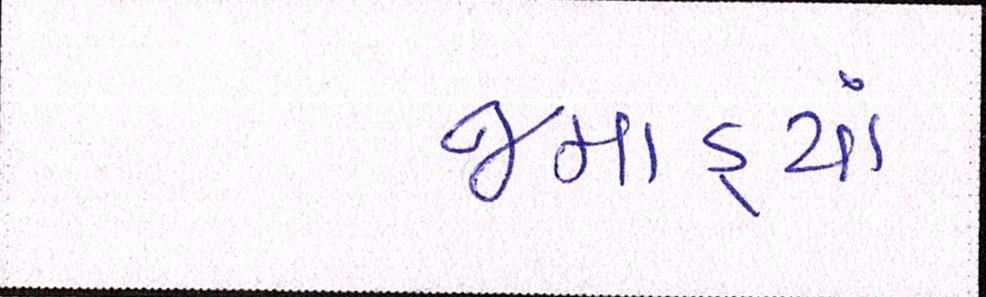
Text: જમાડ્યાં